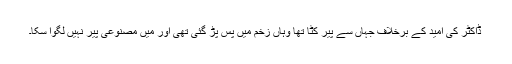
ڈاکٹر کی امید کے برخلاف جہاں سے پیر کٹا تھا وہاں زخم میں پس پڑ گئی تھی اور میں مصنوعی پیر نہیں لگوا سکا۔